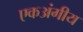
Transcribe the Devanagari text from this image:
एकअंगीय